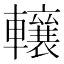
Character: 𨏛